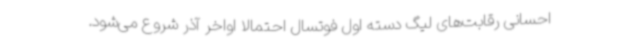
احسانی رقابت‌های لیگ دسته اول فوتسال احتمالا اواخر آذر شروع می‌شود.